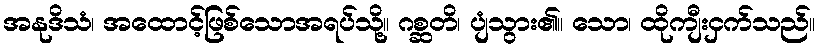
အနုဒိသံ၊ အထောင့်ဖြစ်သောအရပ်သို့။ ဂစ္ဆတိ၊ ပျံသွား၏။ သော၊ ထိုကျီးငှက်သည်။